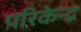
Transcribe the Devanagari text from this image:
परिकेन्द्र